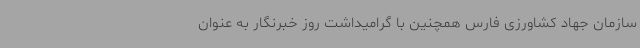
سازمان جهاد کشاورزی فارس همچنین با گرامیداشت روز خبرنگار به عنوان